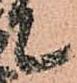
て